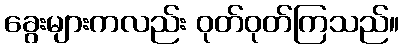
ခွေးများကလည်း ဝုတ်ဝုတ်ကြသည်။